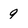
Character: 9